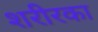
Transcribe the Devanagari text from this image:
शरीरका